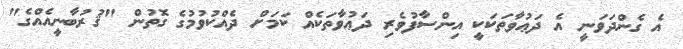
އެ ގެންދަވަނީ އެ ދަޢުވާތަކަކީ އިންސާފުވެރި ދަޢުވާތަކެއް ކަމަށް ދެއްކުވުމުގެ ގޮތުން "ޤުރުބާނީއެއްގެ"